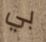
بي